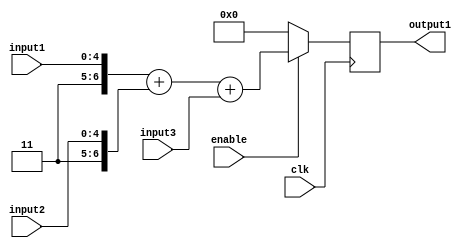
`timescale 1ns / 1ps

module adderStage1(
    	input [4:0] input1,
    	input [4:0] input2,
		input [5:0] input3,
    	output reg [6:0] output1,
		input enable,
    	input clk
    );

	always @ (posedge clk) begin
		if(enable) begin
			output1 <= {2'b11, input1} + {2'b11, input2} + {1'b0, input3};
		end
		else begin
			output1 <= 0;	
		end
	end
	
endmodule